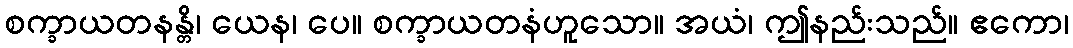
စက္ခာယတနန္တိ၊ ယေန၊ ပေ။ စက္ခာယတနံဟူသော။ အယံ၊ ဤနည်းသည်။ ဧကော၊